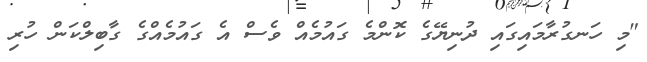
"މި ހަނގުރާމައިގައި ދުނިޔޭގެ ކޮންމެ ގައުމެއް ވެސް އެ ގައުމެއްގެ ގާބިލްކަން ހުރި